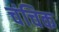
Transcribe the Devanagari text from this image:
चंचिक